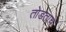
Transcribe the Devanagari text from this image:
तोडताच